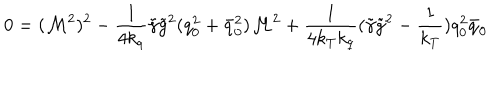
0 = ( { \cal M } ^ { 2 } ) ^ { 2 } - \frac 1 { 4 k _ { q } } \tilde { \gamma } \tilde { g } ^ { 2 } ( q _ { 0 } ^ { 2 } + \bar { q } _ { 0 } ^ { 2 } ) { \cal M } ^ { 2 } + \frac 1 { 4 k _ { T } k _ { q } } ( \tilde { \gamma } \tilde { g } ^ { 2 } - \frac 1 { k _ { T } } ) q _ { 0 } ^ { 2 } \bar { q } _ { 0 }